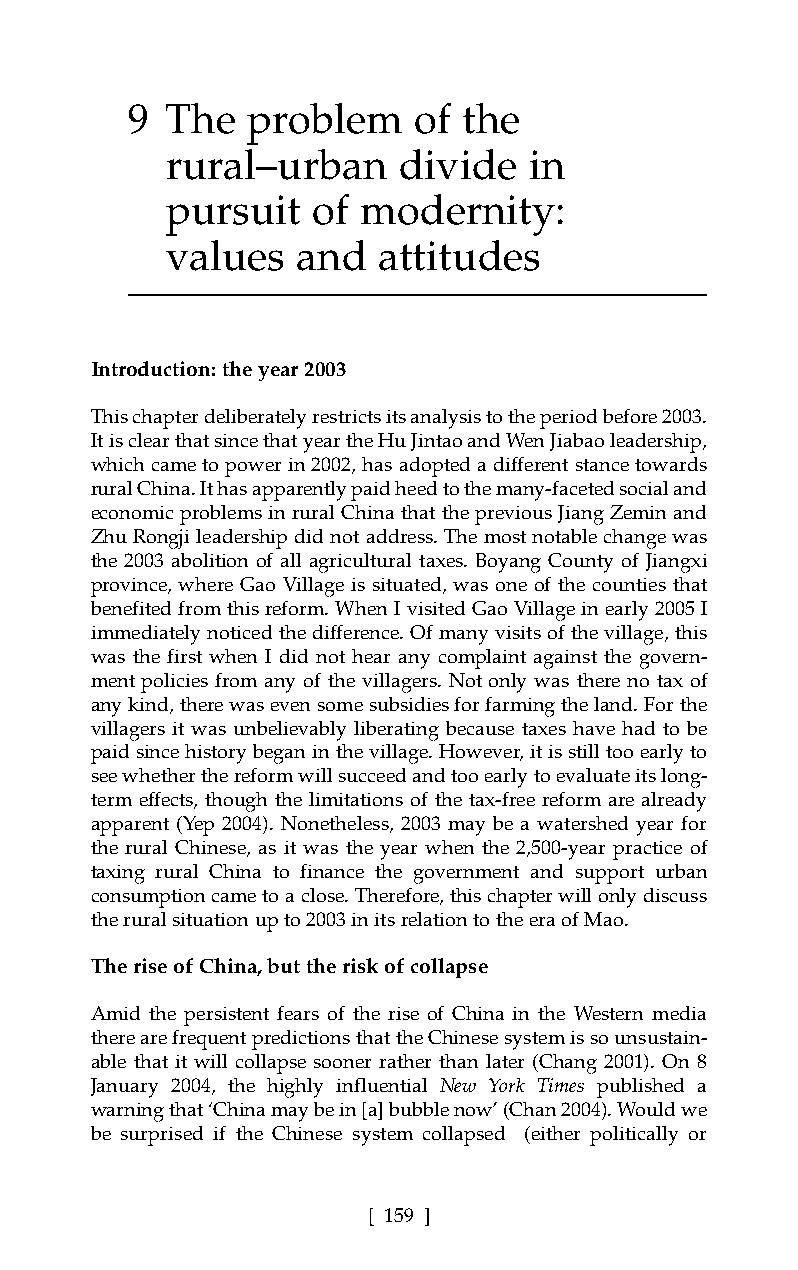
9  The  problem    of  the
 rural–urban    divide   in
 pursuit   of modernity:
 values   and  attitudes
 Introduction: the year 2003
 This chapter deliberately restricts its analysis to the period before 2003.
 It is clear that since that year the Hu Jintao and Wen Jiabao leadership,
 which came to power in 2002, has adopted a different stance towards
 rural China. It has apparently paid heed to the many-faceted social and
 economic problems in rural China that the previous Jiang Zemin and
 Zhu Rongji leadership did not address. The most notable change was
 the 2003 abolition of all agricultural taxes. Boyang County of Jiangxi
 province, where Gao Village is situated, was one of the counties that
 benefited from this reform. When I visited Gao Village in early 2005 I
 immediately noticed the difference. Of many visits of the village, this
 was the first when I did not hear any complaint against the govern-
 ment policies from any of the villagers. Not only was there no tax of
 any kind, there was even some subsidies for farming the land. For the
 villagers it was unbelievably liberating because taxes have had to be
 paid since history began in the village. However, it is still too early to
 see whether the reform will succeed and too early to evaluate its long-
 term effects, though the limitations of the tax-free reform are already
 apparent (Yep 2004). Nonetheless, 2003 may be a watershed year for
 the rural Chinese, as it was the year when the 2,500-year practice of
 taxing rural China to finance the government and support urban
 consumption came to a close. Therefore, this chapter will only discuss
 the rural situation up to 2003 in its relation to the era of Mao.
 The rise of China, but the risk of collapse
 Amid the persistent fears of the rise of China in the Western media
 there are frequent predictions that the Chinese system is so unsustain-
 able that it will collapse sooner rather than later (Chang 2001). On 8
 January 2004, the highly influential New York Times published a
 warning that ‘China may be in [a] bubble now’ (Chan 2004). Would we
 be surprised if the Chinese system collapsed (either politically or
 [ 159 ]